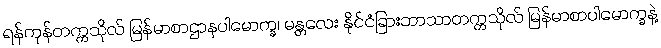
ရန်ကုန်တက္ကသိုလ် မြန်မာစာဌာနပါမောက္ခ၊ မန္တလေး နိုင်ငံခြားဘာသာတက္ကသိုလ် မြန်မာစာပါမောက္ခနဲ့